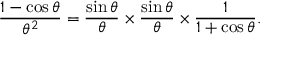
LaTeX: { \frac { 1 - \cos \theta } { \theta ^ { 2 } } } = { \frac { \sin \theta } { \theta } } \times { \frac { \sin \theta } { \theta } } \times { \frac { 1 } { 1 + \cos \theta } } .